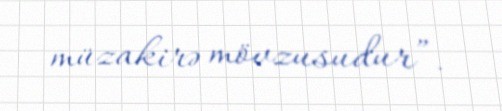
müzakirə mövzusudur”.